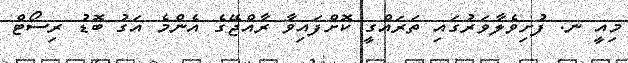
މިއީ ނ. ފުށިވެލާވަރުގައި ތަރައްގީ ކޮށްފައިވާ ރާއްޖޭގެ އެންމެ އަގު ބޮޑު ރިސޯޓް